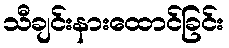
သီချင်းနားထောင်ခြင်း